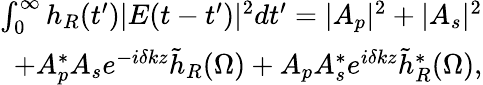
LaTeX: \begin{array}{r}{\int_{0}^{\infty}h_{R}(t^{\prime})|E(t-t^{\prime})|^{2}dt^{\prime}=|A_{p}|^{2}+|A_{s}|^{2}}\\ {+A_{p}^{*}A_{s}e^{-i\delta kz}\tilde{h}_{R}(\Omega)+A_{p}A_{s}^{*}e^{i\delta kz}\tilde{h}_{R}^{*}(\Omega),}\end{array}